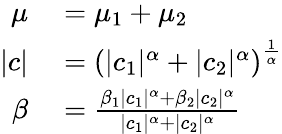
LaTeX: \begin{array}{rl}{\mu}&{{}=\mu_{1}+\mu_{2}}\\ {|c|}&{{}=\left(|c_{1}|^{\alpha}+|c_{2}|^{\alpha}\right)^{\frac{1}{\alpha}}}\\ {\beta}&{{}={\frac{\beta_{1}|c_{1}|^{\alpha}+\beta_{2}|c_{2}|^{\alpha}}{|c_{1}|^{\alpha}+|c_{2}|^{\alpha}}}}\end{array}